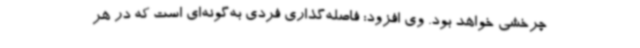
چرخشی خواهد بود. وی افزود: فاصله‌گذاری فردی به‌گونه‌ای است که در هر